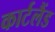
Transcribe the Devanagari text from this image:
कार्टलैंड